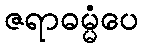
ဇရာဓမ္မံပေ